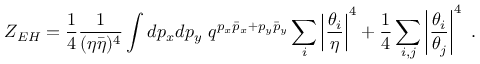
Z _ { E H } = { \frac { 1 } { 4 } } { \frac { 1 } { ( \eta \bar { \eta } ) ^ { 4 } } } \int d p _ { x } d p _ { y } \, \, q ^ { p _ { x } \bar { p } _ { x } + p _ { y } \bar { p } _ { y } } \sum _ { i } \left| { \frac { \theta _ { i } } { \eta } } \right| ^ { 4 } + { \frac { 1 } { 4 } } \sum _ { i , j } \left| { \frac { \theta _ { i } } { \theta _ { j } } } \right| ^ { 4 } \, \, .